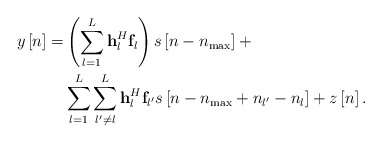
\begin{align*}\ \begin{aligned} y\left[ n \right] = & \left( {\sum\limits_{l = 1}^L {{\bf{h}}_l^H{{\bf{f}}_l}} } \right)s\left[ {n - {n_{\max }}} \right]+ \\ &\sum\limits_{l = 1}^L {\sum\limits_{l' \ne l}^L {{\bf{h}}_l^H{{\bf{f}}_{l'}}s\left[ {n - {n_{\max }} + {n_{l'}} - {n_l}} \right]} } + z\left[ n \right]. \end{aligned} \end{align*}